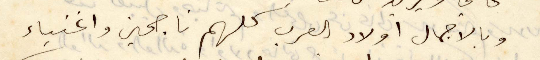
وبالاجمال أولاد العرب كلهم ناجحين واغنياء